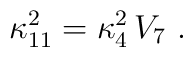
\kappa_{11}^2 = \kappa_{4}^2\, V_7~.